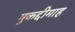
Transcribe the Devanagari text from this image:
मुकद्दीमाह